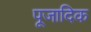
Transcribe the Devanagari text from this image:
पूजादिक